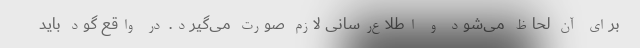
برای آن لحاظ می‌شود و اطلاع‌رسانی لازم صورت می‌گیرد. در واقع گود باید